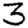
Digit: 3